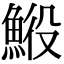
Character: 𩷍